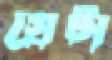
গ্রেটা